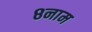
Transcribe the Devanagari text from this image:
८नाम